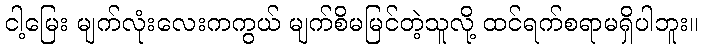
ငါ့မြေး မျက်လုံးလေးကကွယ် မျက်စိမမြင်တဲ့သူလို့ ထင်ရက်စရာမရှိပါဘူး။